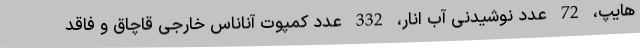
هایپ، 72 عدد نوشیدنی آب انار، 332 عدد کمپوت آناناس خارجی قاچاق و فاقد